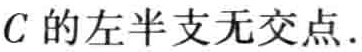
$C$ 的左半支无交点.